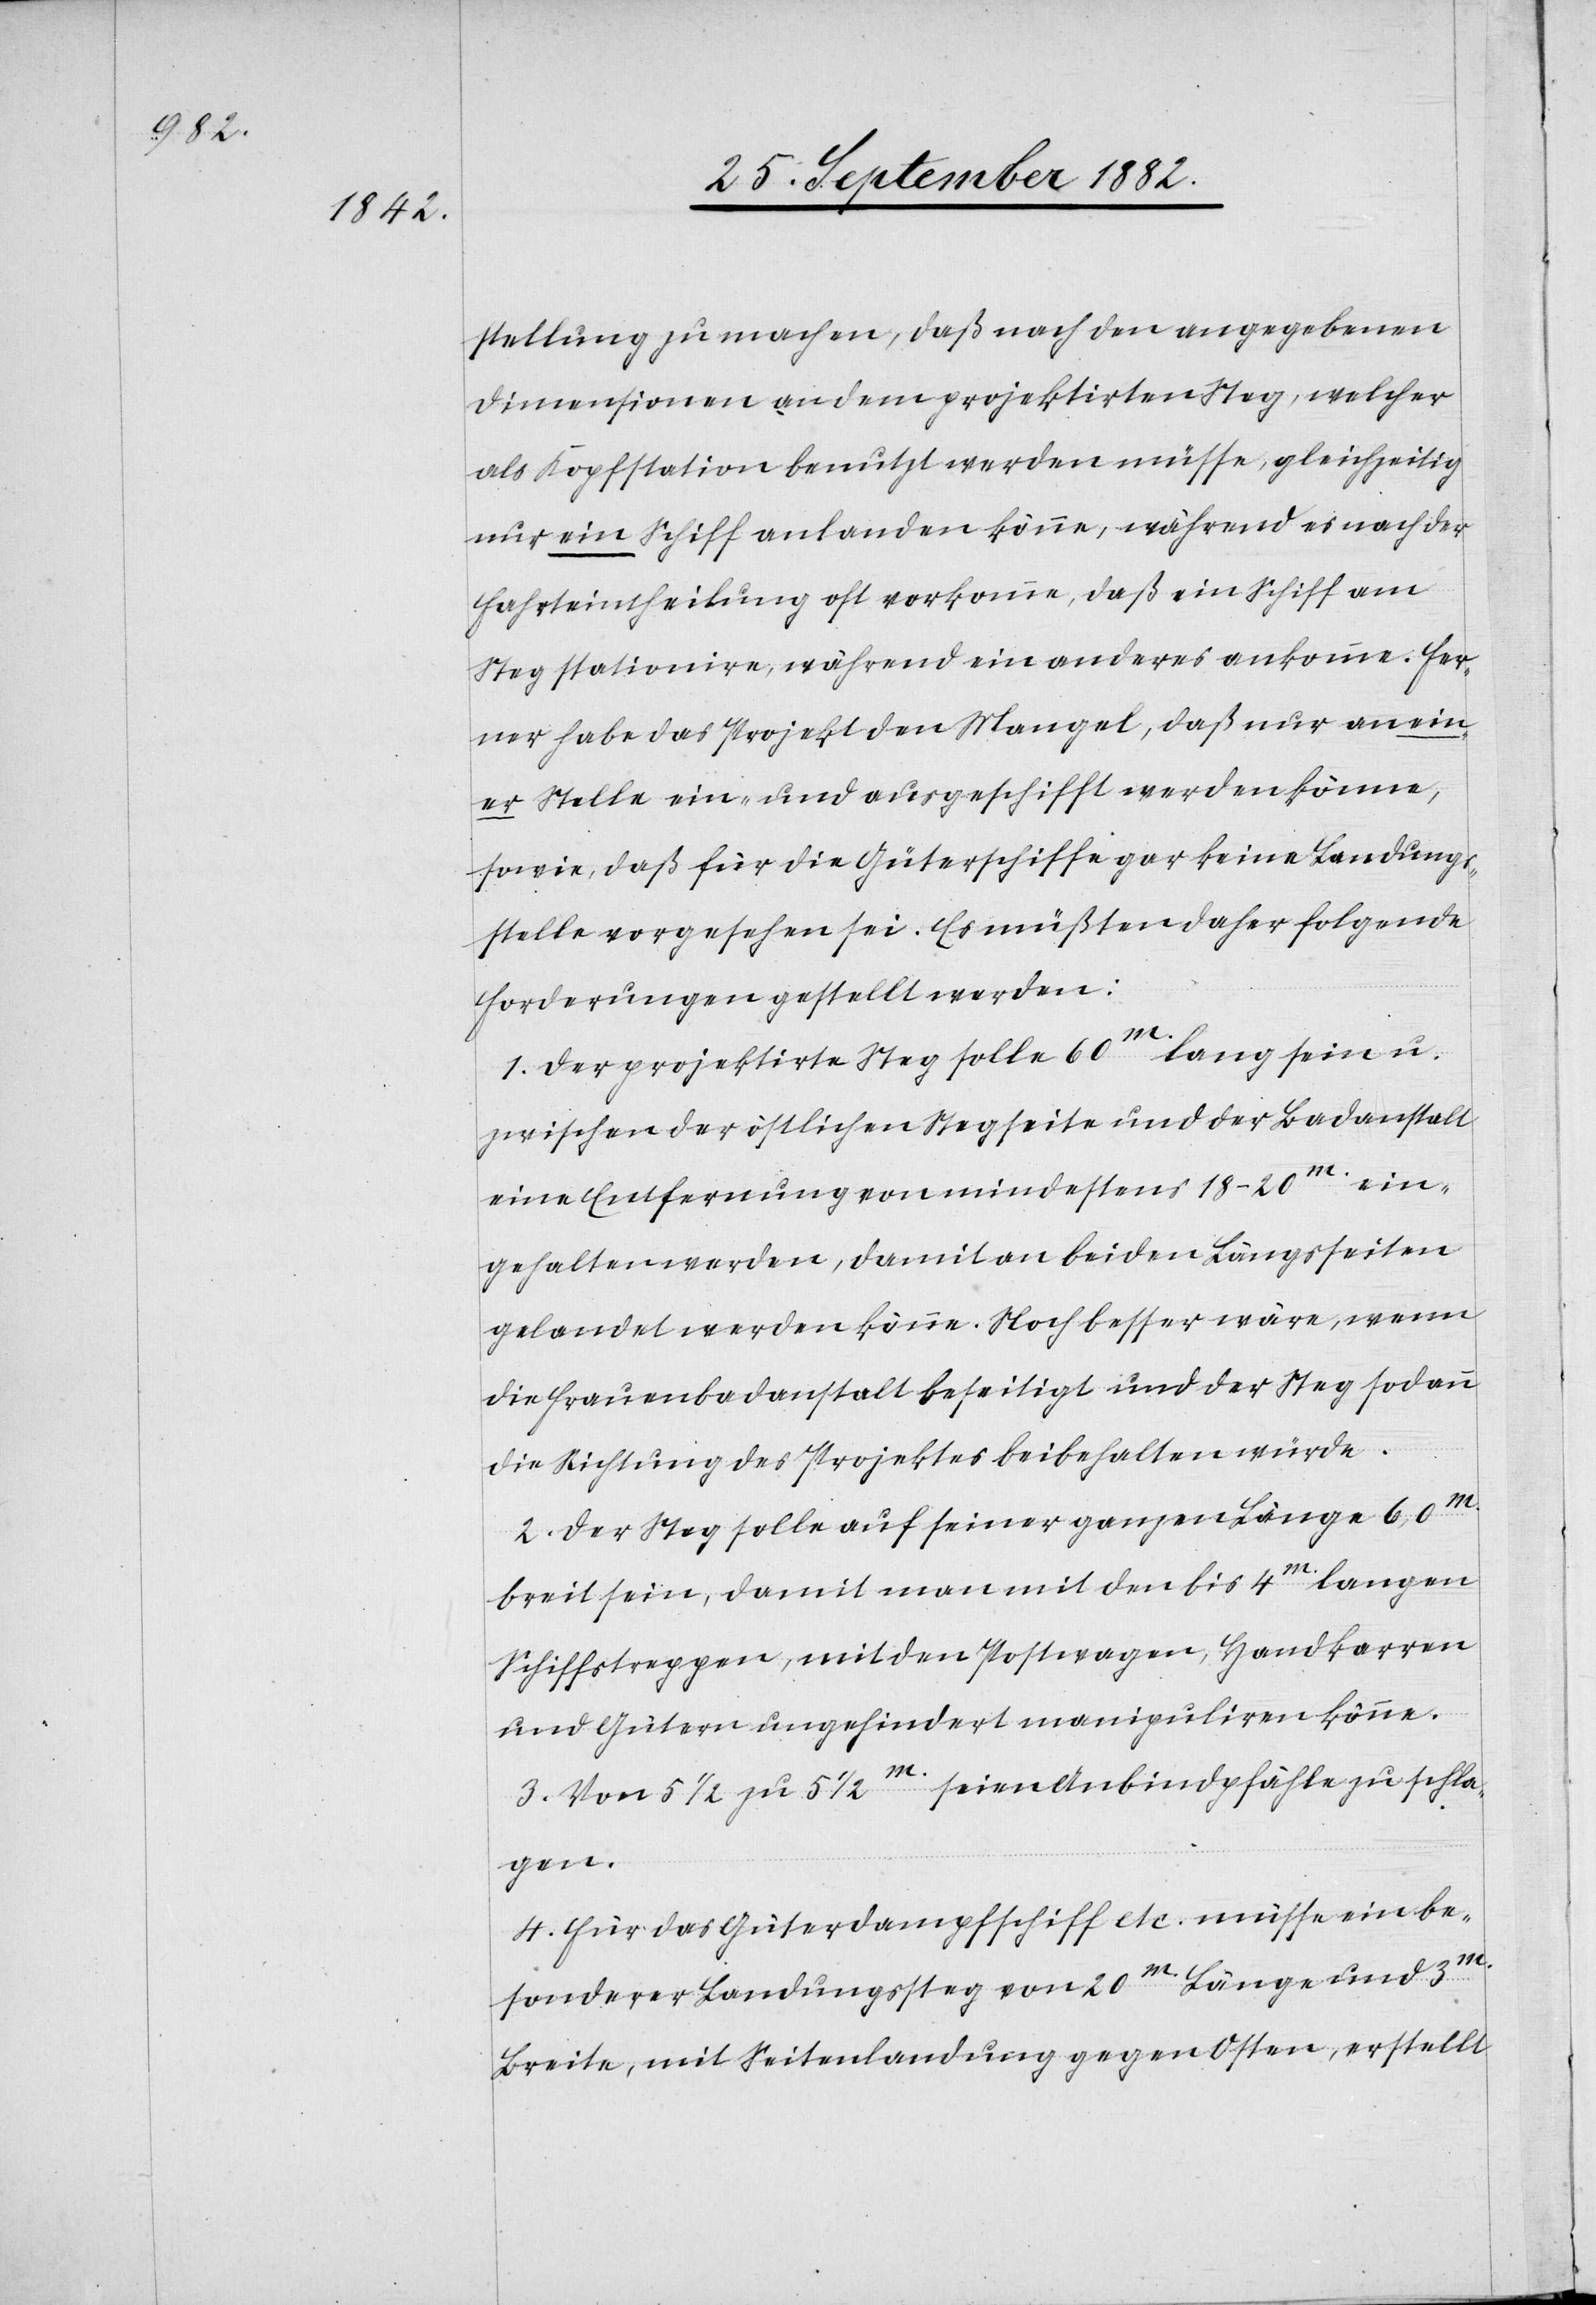
stellung zu machen, daß nach den angegebenen
Dimensionen an dem projektirten Steg, welcher
als Kopfstation benutzt werden müsse, gleichzeitig
nur ein Schiff anlanden könne, während es nach der
Fahrteintheilung oft vorkomme, daß ein Schiff am
Steg stationire, während ein anderes ankomme. Fer¬
ner habe das Projekt den Mangel, daß nur an ein¬
er Stelle ein- und ausgeschifft werden könne,
sowie, daß für die Güterschiffe gar keine Landungs¬
stelle vorgesehen sei. Es müßten daher folgende
Forderungen gestellt werden:
1. Der projektirte Steg solle 60m lang sein u.
zwischen der östlichen Stegseite und der Badanstalt
eine Entfernung von mindestens 18–20m ein¬
gehalten werden, damit an beiden Längsseiten
gelandet werden könne. Noch besser wäre, wenn
die Frauenbadanstalt beseitigt und der Steg sodann
die Richtung des Projektes beibehalten würde.
2. Der Steg solle auf seiner ganzen Länge 6,0m
breit sein, damit man mit den bis 4m langen
Schiffstreppen, mit den Postwagen, Handkarren
und Gütern ungehindert manipuliren könne.
3. Von 5 1/2 zu 5 1/2m seien Anbindpfähle zu schla¬
gen.
4. Für das Güterdampfschiff etc. müsse ein be¬
sonderer Landungssteg von 20m Länge und 3m
Breite, mit Seitenladung gegen Osten, erstellt